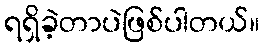
ရရှိခဲ့တာပဲဖြစ်ပါတယ်။